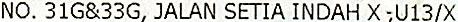
NO. 31G&33G, JALAN SETIA INDAH X ,U13/X